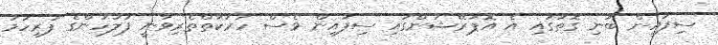
ސިފައިން ބުނި ގޮތުގައި އެ އޮޕަރޭޝަންގައި ސިފައިން ވެސް ހަރަކާތްތެރިވާނީ ފުލުހުންގެ ފުރިހަމަ